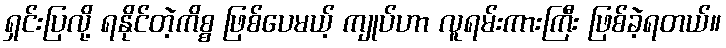
ရှင်းပြလို့ ရနိုင်တဲ့ကိစ္စ ဖြစ်ပေမယ့် ကျုပ်ဟာ လူရမ်းကားကြီး ဖြစ်ခဲ့ရတယ်။